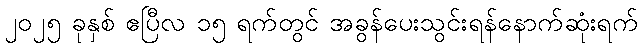
၂၀၂၅ ခုနှစ် ဧပြီလ ၁၅ ရက်တွင် အခွန်ပေးသွင်းရန်နောက်ဆုံးရက်